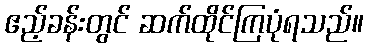
ဧည့်ခန်းတွင် ဆက်ထိုင်ကြပုံရသည်။